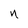
Character: n